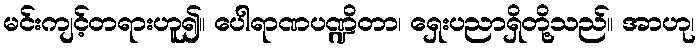
မင်းကျင့်တရားဟူ၍။ ပေါရာဏပဏ္ဍိတာ၊ ရှေးပညာရှိတို့သည်။ အာဟု၊